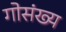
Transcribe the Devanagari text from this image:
गोसंख्य